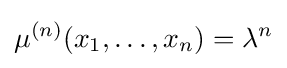
\mu ^{(n)}(x_{1},\ldots ,x_{n})=\lambda ^{n}